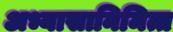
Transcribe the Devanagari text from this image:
अभ्यासानिमित्त